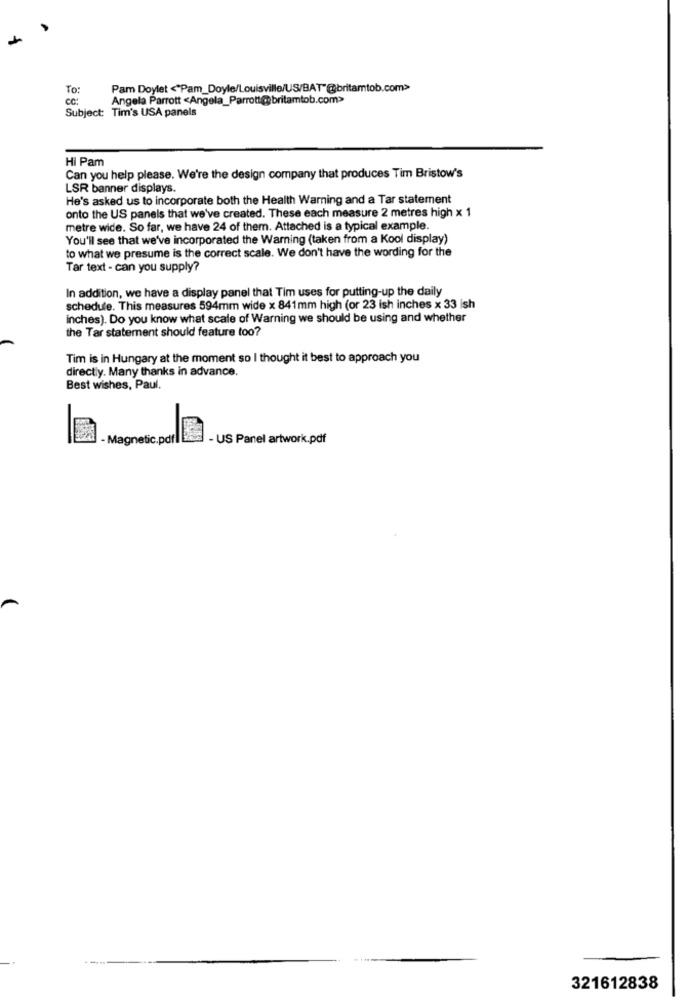
To:
Pam Doylet <"Pam_Doyle/Louisville/US/BAT"@britamtob.com>>
CC:
Angela Parrott <Angela_Parrott@ britamtob.com>
Subject: Tim's USA panels
Hi Pam
Can you help please. We're the design company that produces Tim Bristow's
LSR banner displays.
He's asked us to incorporate both the Health Warning and a Tar statement
onto the US panels that we've created. These each measure 2 metres high x 1
metre wide. So far, we have 24 of them. Attached is a typical example.
You'll see that we've incorporated the Warning (taken from a Kool display)
to what we presume is the correct scale. We don't have the wording for the
Tar text - can you supply?
In addition, we have a display panel that Tim uses for putting-up the daily
schedule. This measures 594mm wide x 841mm high (or 23 ish inches x 33 ish
inches). Do you know what scale of Warning we should be using and whether
the Tar statement should feature too?
Tim is in Hungary at the moment so I thought it best to approach you
directly. Many thanks in advance.
Best wishes, Paul.
- Magnetic.pdf IE
- US Panel artwork.pdf
--
321612838